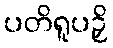
ပတိရူပဉှိ